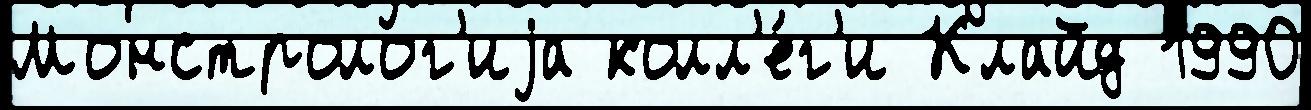
Монстролог'иjа колл'е́г'и Клайд 1990